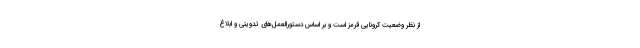
از نظر وضعیت کرونایی قرمز است و بر اساس دستورالعمل‌های تدوینی و ابلاغ